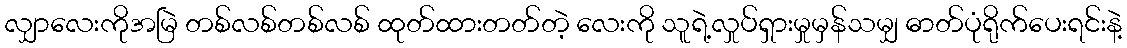
လျှာလေးကိုအမြဲ တစ်လစ်တစ်လစ် ထုတ်ထားတတ်တဲ့ လေးကို သူရဲ့လှုပ်ရှားမှုမှန်သမျှ ဓာတ်ပုံရိုက်ပေးရင်းနဲ့